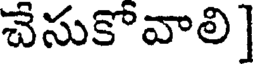
చేసుకొవాలి |